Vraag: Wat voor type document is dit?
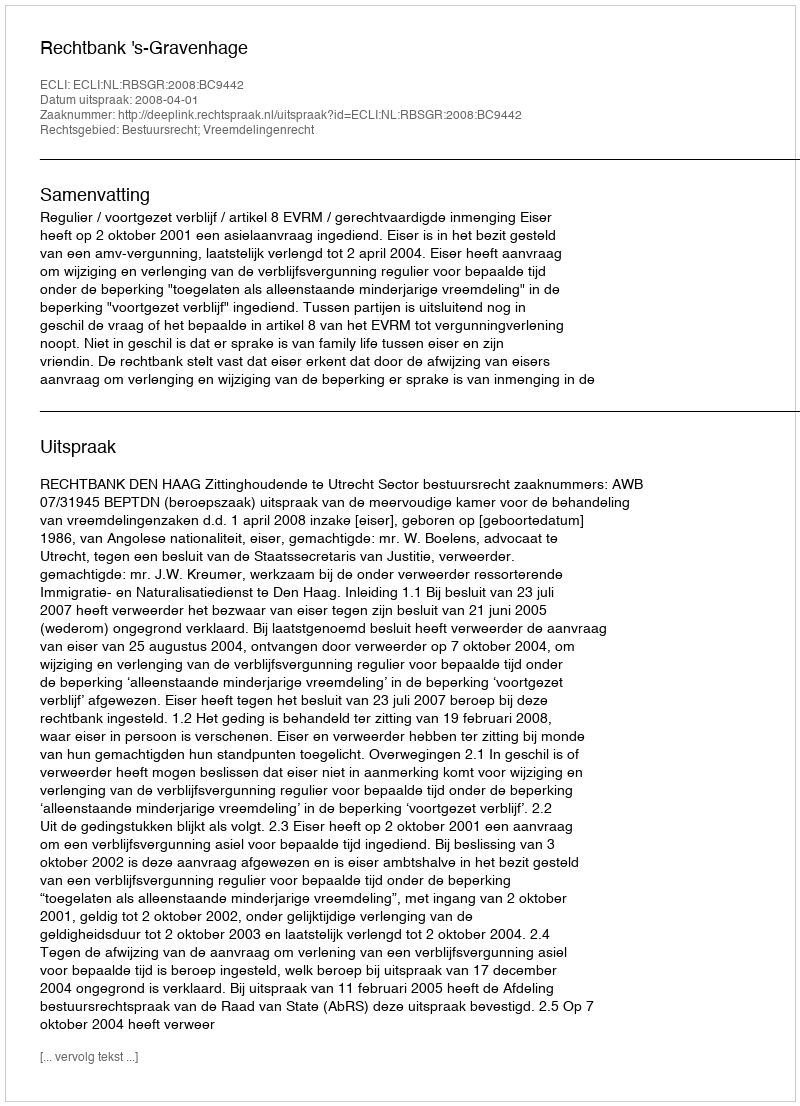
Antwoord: Uitspraak